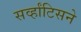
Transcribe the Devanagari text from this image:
सर्व्हांटिसने